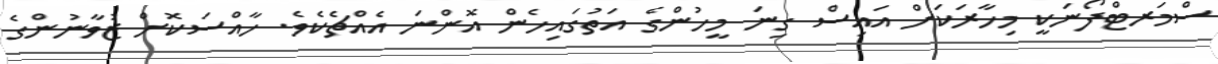
ސްމަރޓްފޯނަކީ މިހާރަކަށް އައިސް ގިނަ މީހުންގެ އަތުގައިހެން އޮންނަ އެއްޗެކެވެ. ހާއްސަކޮށް ޒުވާނުންގެ